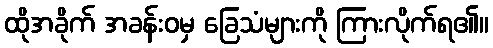
ထိုအခိုက် အခန်းဝမှ ခြေသံများကို ကြားလိုက်ရ၏။